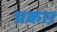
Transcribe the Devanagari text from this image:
प्रकाऱ